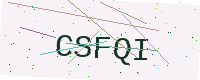
Text: CSFQI